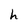
Character: h